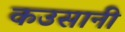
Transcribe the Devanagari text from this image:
कउसानी